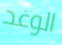
الوغد